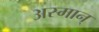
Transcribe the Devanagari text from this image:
अस्मान्